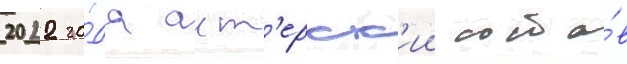
2022 го́да акт'ерск'ии соста́в